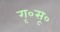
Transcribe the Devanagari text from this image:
गृ०सू०